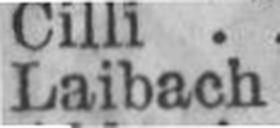
Laibach